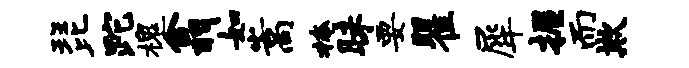
琵跎槐翕如嵩掩昧要瞿犀握而欺